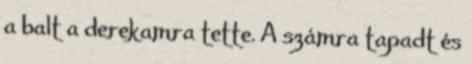
a balt a derekamra tette. A számra tapadt és